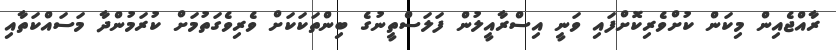
ރާއްޖެއިން މިކަން ކުށްވެރިކޮށްފައި ވަނީ އިސްރާއީލުން ފަލަސްތީނުގެ ބިންތަކަކަށް ވެރިވެގަތުމަށް ކުރަމުންދާ މަސައްކަތާއި